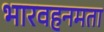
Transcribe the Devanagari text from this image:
भारवहनमता